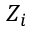
Z _ { i }